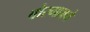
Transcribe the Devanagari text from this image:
बोरगावचे